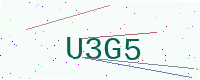
Text: U3G5